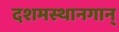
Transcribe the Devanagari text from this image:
दशमस्थानगान्